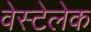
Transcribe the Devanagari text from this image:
वेस्टेलेक